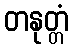
တနုတ္တံ